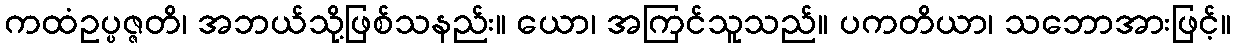
ကထံဥပ္ပဇ္ဇတိ၊ အဘယ်သို့ဖြစ်သနည်း။ ယော၊ အကြင်သူသည်။ ပကတိယာ၊ သဘောအားဖြင့်။